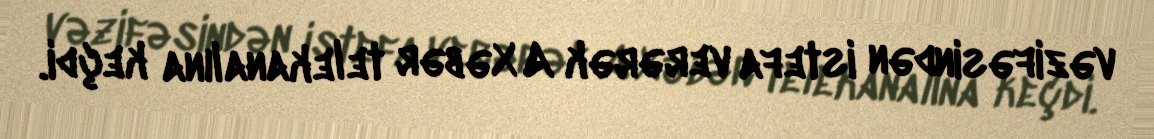
vəzifəsindən istefa verərək A Xəbər telekanalına keçdi.